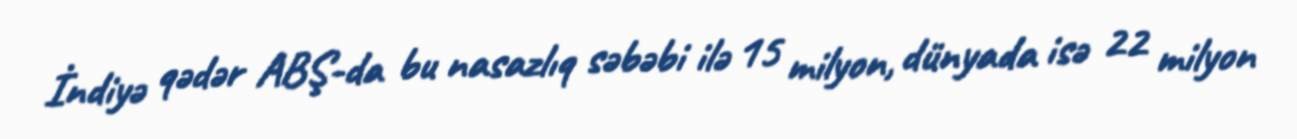
İndiyə qədər ABŞ-da bu nasazlıq səbəbi ilə 15 milyon, dünyada isə 22 milyon